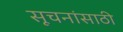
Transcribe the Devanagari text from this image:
सूचनांसाठी